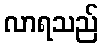
လာရသည်